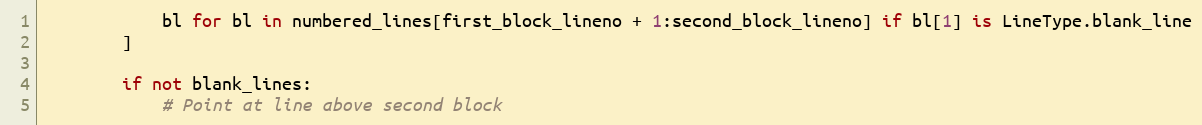
Language: Python
            bl for bl in numbered_lines[first_block_lineno + 1:second_block_lineno] if bl[1] is LineType.blank_line
        ]

        if not blank_lines:
            # Point at line above second block